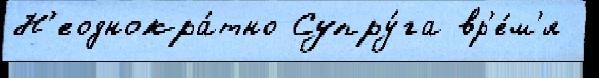
Н'еоднокра́тно Супру́га вр'е́м'я